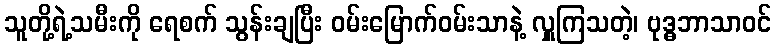
သူတို့ရဲ့သမီးကို ရေစက် သွန်းချပြီး ဝမ်းမြောက်ဝမ်းသာနဲ့ လှူကြသတဲ့၊ ဗုဒ္ဓဘာသာဝင်